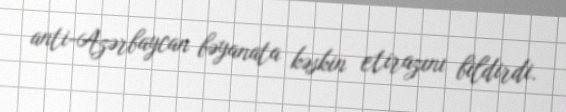
anti-Azərbaycan bəyanata kəskin etirazını bildirdi.